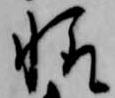
輙